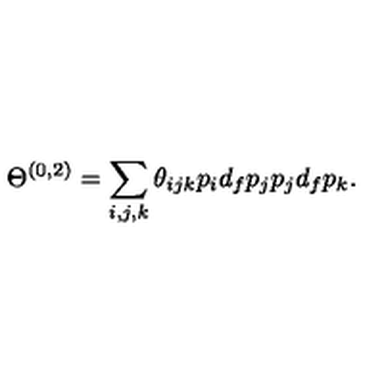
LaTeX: \Theta ^ { ( 0 , 2 ) } = \sum _ { i , j , k } \theta _ { i j k } p _ { i } d _ { f } p _ { j } p _ { j } d _ { f } p _ { k } .